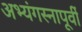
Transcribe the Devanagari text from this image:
अभ्यंगस्नापूर्वी